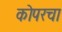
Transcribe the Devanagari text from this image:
कोपरचा